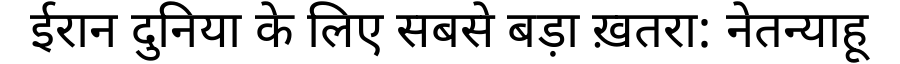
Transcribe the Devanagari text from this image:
ईरान दुनिया के लिए सबसे बड़ा ख़तरा: नेतन्याहू